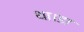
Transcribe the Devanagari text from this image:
था।डा